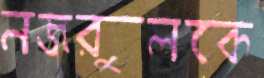
নজরুলকে